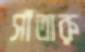
সাঁতারু